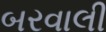
બરવાલી